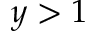
y > 1